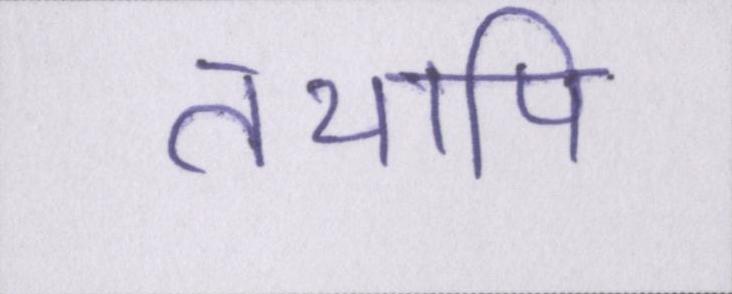
तथापि